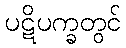
ပဋိပက္ခတွင်